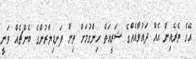
އޭގެ ތެރެއިން އެއް ދައުވާއެއްގެ ޝަރީއަތް ހިންގުމަށް ތިން ފަނޑިޔާރުންގެ ބެންޗެއް ވަނީ